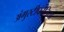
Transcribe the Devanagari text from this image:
अंगुस्टीफोलिया